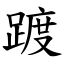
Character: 踱